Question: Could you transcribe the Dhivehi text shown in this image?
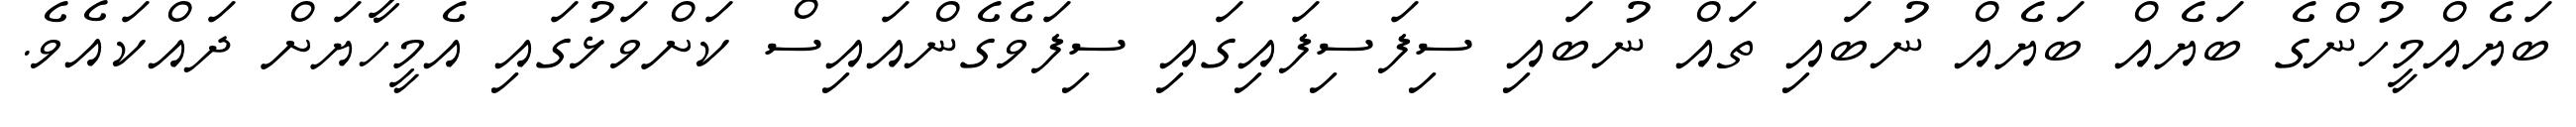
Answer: ބަޔެއްމީހުންގެ ބަޔެއް ބަޔެއް ނުބައި ތައް ނުބައި ސިފަސިފައިގައި ސިފަވެގެންއައިސް ކަށްވަޅުގައި އެމީހާޔަށް ދައްކައެވެ.